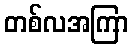
တစ်လအကြာ